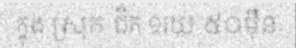
ក្នុង ស្រុក ជិត ១រយ ៥០ម៉ឺន